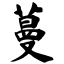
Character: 蔓